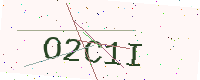
Text: O2C1I